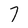
Character: 7